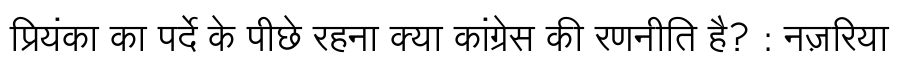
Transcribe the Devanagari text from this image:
प्रियंका का पर्दे के पीछे रहना क्या कांग्रेस की रणनीति है? : नज़रिया